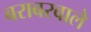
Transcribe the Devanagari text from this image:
बराबरवाले